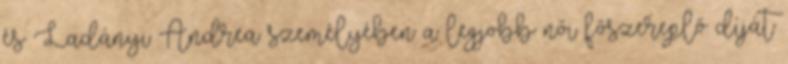
és Ladányi Andrea személyében a legjobb női főszereplő díját